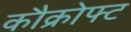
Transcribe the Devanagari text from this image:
कौक्रोफ्ट